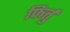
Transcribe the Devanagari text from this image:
फिर्तु